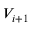
V _ { i + 1 }